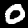
Label: 0